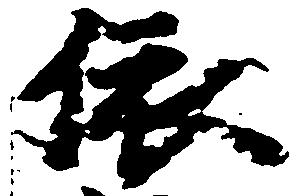
依